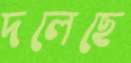
দলেছে